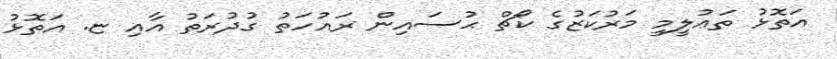
އަތޮޅު ތަޢުލީމީ މަރުކަޒުގެ ކޯޗް ޙުސައިން ރައުހަތު ގުދުރަތު އާއި ޏ. އަތޮޅު